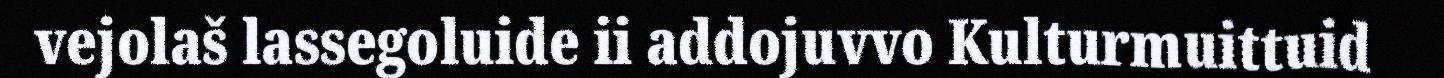
vejolaš lassegoluide ii addojuvvo Kulturmuittuid